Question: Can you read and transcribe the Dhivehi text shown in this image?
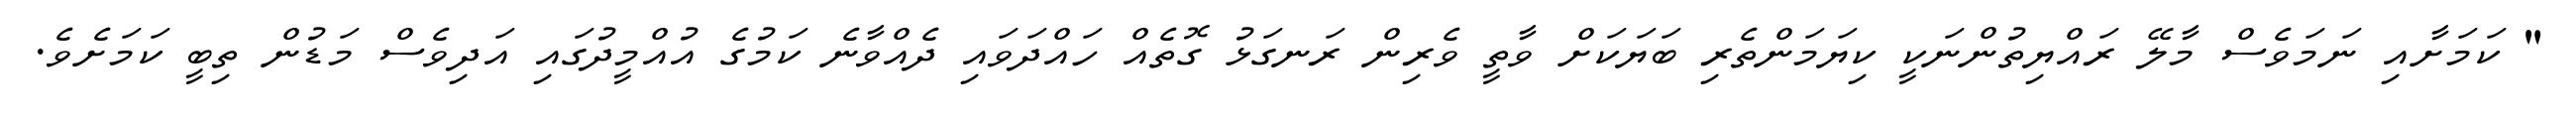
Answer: " ކަމަށާއި ނަމަވެސް މާލޭ ރައްޔިތުންނަކީ ކިޔަމަންތެރި ބަޔަކަށް ވާތީ ވެރިން ރަނގަޅު ގޮތެއް ހައްދަވައި ދެއްވާނެ ކަމުގެ އުއްމީދުގައި އަދިވެސް މަޑުން ތިބީ ކަމަށެވެ.